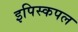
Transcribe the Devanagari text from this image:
इपिस्कपल